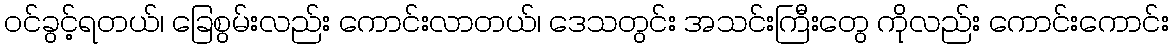
ဝင်ခွင့်ရတယ်၊ ခြေစွမ်းလည်း ကောင်းလာတယ်၊ ဒေသတွင်း အသင်းကြီးတွေ ကိုလည်း ကောင်းကောင်း